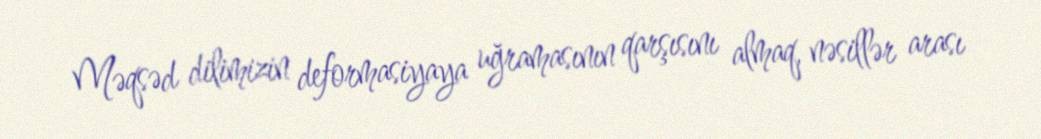
Məqsəd dilimizin deformasiyaya uğramasının qarşısını almaq, nəsillər arası